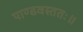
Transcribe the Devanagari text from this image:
पाण्डवस्ततः॥